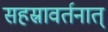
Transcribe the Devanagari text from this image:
सहस्रावर्तनात्‌